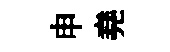
申堯